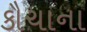
કૌચાના